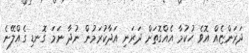
ދަރަންޏެއް އޮވެ ހުކުމާ އެއްގޮތަށް ދަރަނި އަދާކުރަމުން ނުދާ ނަމަ ގޮނޑި ގެއްލޭނެ